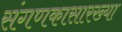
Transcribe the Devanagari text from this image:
संगणकासारख्या